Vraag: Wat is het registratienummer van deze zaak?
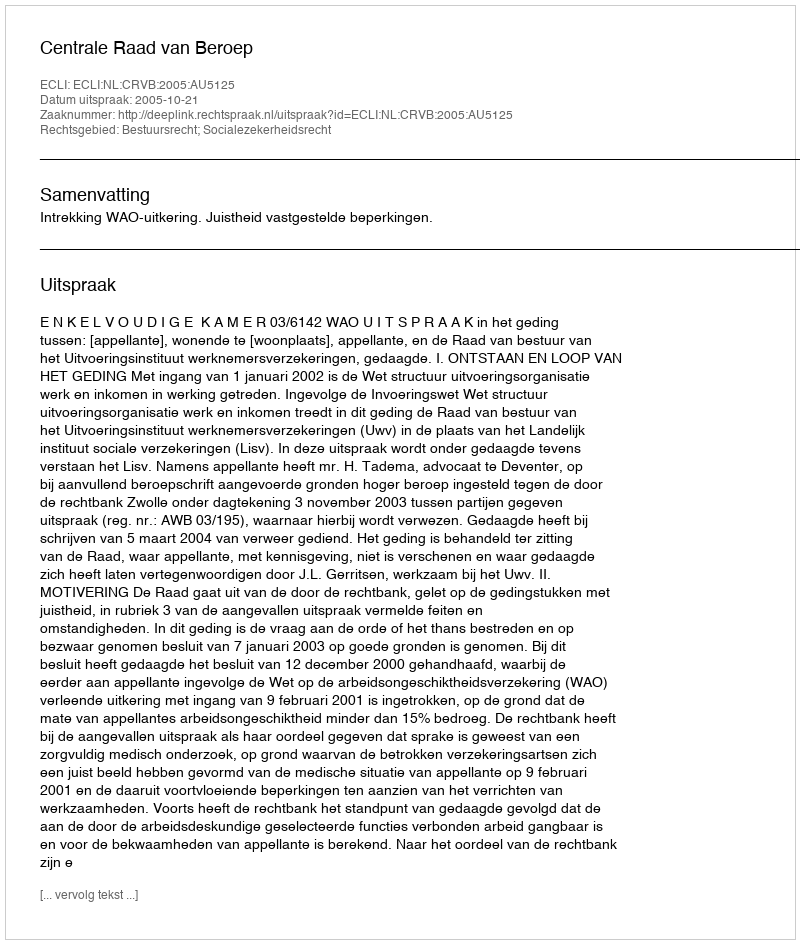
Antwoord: http://deeplink.rechtspraak.nl/uitspraak?id=ECLI:NL:CRVB:2005:AU5125